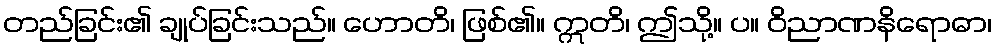
တည်ခြင်း၏ ချုပ်ခြင်းသည်။ ဟောတိ၊ ဖြစ်၏။ ဣတိ၊ ဤသို့။ ပ။ ဝိညာဏနိရောဓာ၊